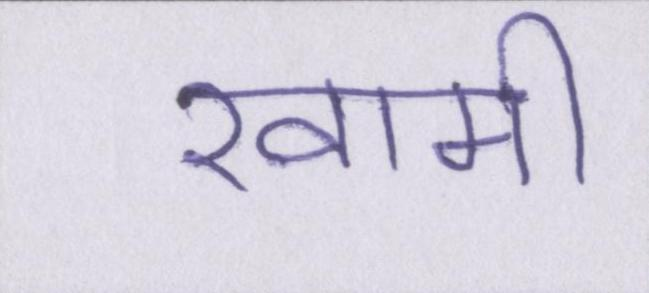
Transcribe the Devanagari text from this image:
खामी